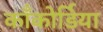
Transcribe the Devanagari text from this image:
काँकोर्डिया